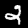
Digit: 2